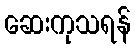
ဆေးကုသရန်